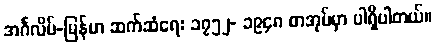
အင်္ဂလိပ်-မြန်မာ ဆက်ဆံရေး ၁၇၅၂- ၁၉၄၈ စာအုပ်မှာ ပါရှိပါတယ်။